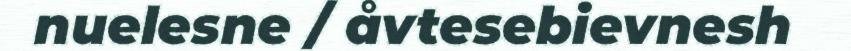
nuelesne / åvtesebievnesh